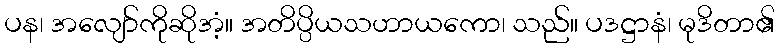
ပန၊ အလျော်ကိုဆိုအံ့။ အတိပ္ပိယသဟာယကော၊ သည်။ ပဒဋ္ဌာနံ၊ မုဒိတာ၏